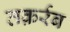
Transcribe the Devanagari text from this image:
तक़र्रब